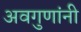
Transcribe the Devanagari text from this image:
अवगुणांनी